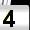
Digit: 4